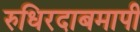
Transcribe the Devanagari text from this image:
रुधिरदाबमापी